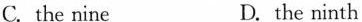
C.the nine D.the ninth